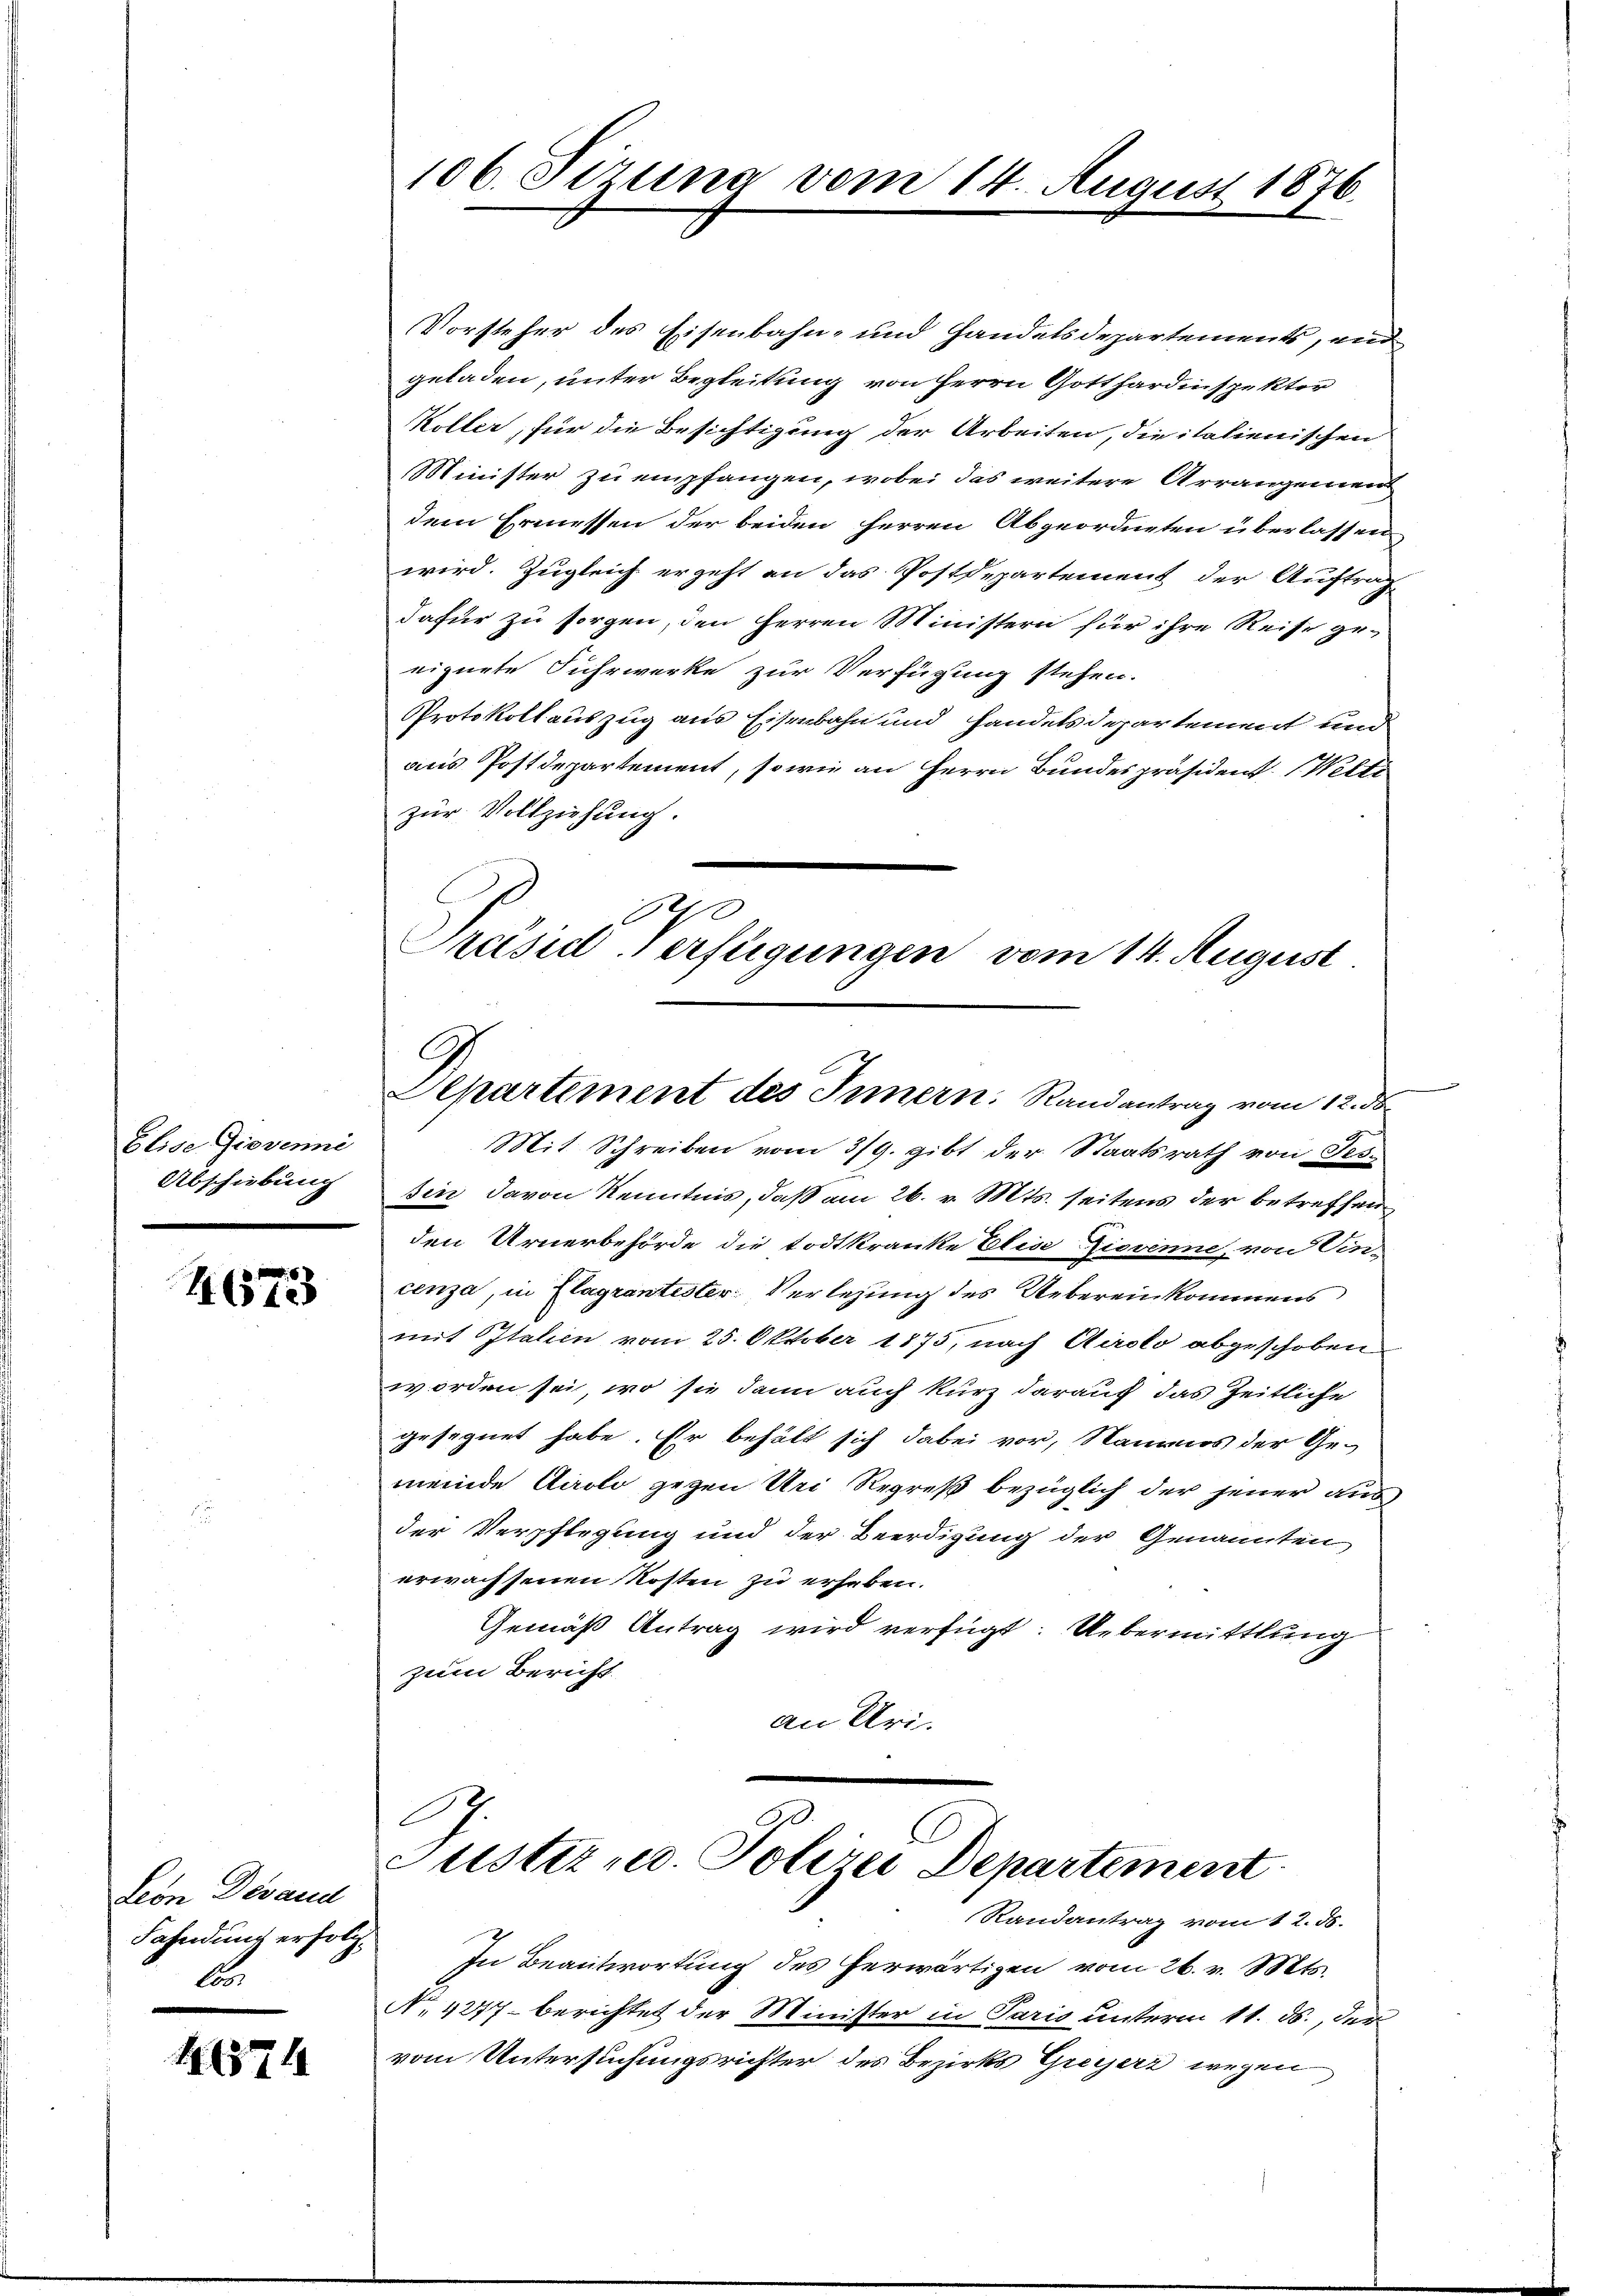
Elise Giovanni
Abschiebung

4673

Seon Desand
Fahndung erfolg.
B.

11574

Vorsteher des Eisenbahn- und Handelsdepartements, und
geladen, unter Begleitung von Herrn Gotthardinspektor
Koller, für die Besichtigung der Arbeiten, die italienischen
Minister zu empfangen, wobei das weitere Arrangement
dem Ermessen der beiden Herren Abgeordneten überlassen
wird. Zugleich ergeht an das Postdepartement der Auftrag
dafür zu sorgen, den Herren Ministern für ihre Reise geeignete Fuhrwerke zur Verfügung stehen.
Protokollauszug aus Eisenbahn und Handelsdepartement und
aus Postdepartement, sowie an Herrn Bundespräsident. Welti
zur Vollziehung.
Mit Schreiben vom 3/9. gibt der Staatsrath von Tes-
sin davon Kenntnis, daß am 26. v. Mts. seitens der betreffen
den Urnerbehörde die todtkranke Elise Zierinne, von Ein-
cenza, in Klagrantester Verlesung des Uebereinkommens
mit Italien vom 25. Oktober 1875, nach Airolo abgeschoben
worden sei, wo sie dann auch kurz darauf das Zeitliche
gesegnet habe. Er behält sich dabei vor, Naumes der Ge-
meinde Karolo gegen Uri Regreß bezüglich der jener aus
der Verpflegung und der Beerdigung der Genannten
erwachsenen Kosten zu erhaben.
Gemäß Antrag wird verfügt: Uebermittlung
zum Bericht.
an Uri
E
Justiz u. Polizei Departement
Randantrag vom 12. ds.
In Beantwortung des herwärtigen vom 26. v. Mts.
No 4247- berichtet der Minister in Paris unterm 11. ds., den
vom Untersuchungsrichter des Bezirks Greiserz wegen

106. Sirung vom 14. August 1876.

29
Präsiderfügungen vom 14. August
Departement des Innern. Randantrag vom 12. ds.